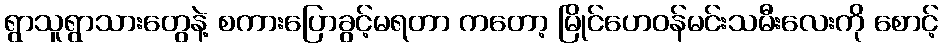
ရွာသူရွာသားတွေနဲ့ စကားပြောခွင့်မရတာ ကတော့ မြိုင်ဟေဝန်မင်းသမီးလေးကို စောင့်